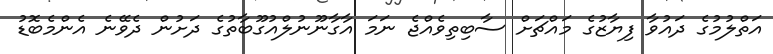
އަތްލުމުގެ ދައުވާ ފިޔާޒުގެ މައްޗަށް ސާބިތިވެއްޖެ ނަމަ އާގާނޫނުލްއުގޫބާތުގެ ދަށުން ދެވޭނެ އެންމެބޮޑު